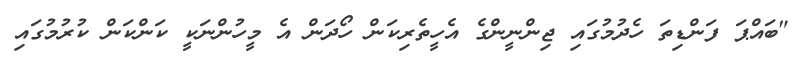
"ބައްޕަ ފަންޑިތަ ހެދުމުގައި ޖިންނީންގެ އެހީތެރިކަން ހޯދަން އެ މީހުންނަކީ ކަންކަން ކުރުމުގައި